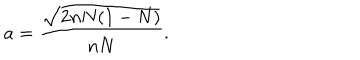
LaTeX: a = \frac { \sqrt { 2 n N ( 1 - N ) } } { n N } .